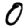
Digit: 0